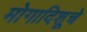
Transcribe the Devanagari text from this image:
मोगादिशूचे